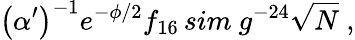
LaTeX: \left(\alpha^{\prime}\right)^{-1}e^{-\phi/2}f_{16}\, sim\ g^{-24}\sqrt{N}\ ,